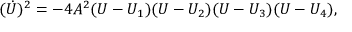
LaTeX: ( \dot { U } ) ^ { 2 } = - 4 A ^ { 2 } ( U - U _ { 1 } ) ( U - U _ { 2 } ) ( U - U _ { 3 } ) ( U - U _ { 4 } ) ,